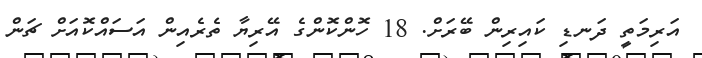
އަރިމަތީ ދަނޑި ކައިރިން ބޭރަށް. 18 ހޮންކޮންގެ އޭޭރިޔާ ތެރެއިން އަސައްކޮއަށް ޗަން